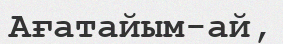
Ағатайым-ай,